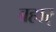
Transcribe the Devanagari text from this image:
बहार्